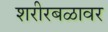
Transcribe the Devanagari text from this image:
शरीरबळावर